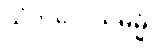
သံကိလေသဓမ္မံ